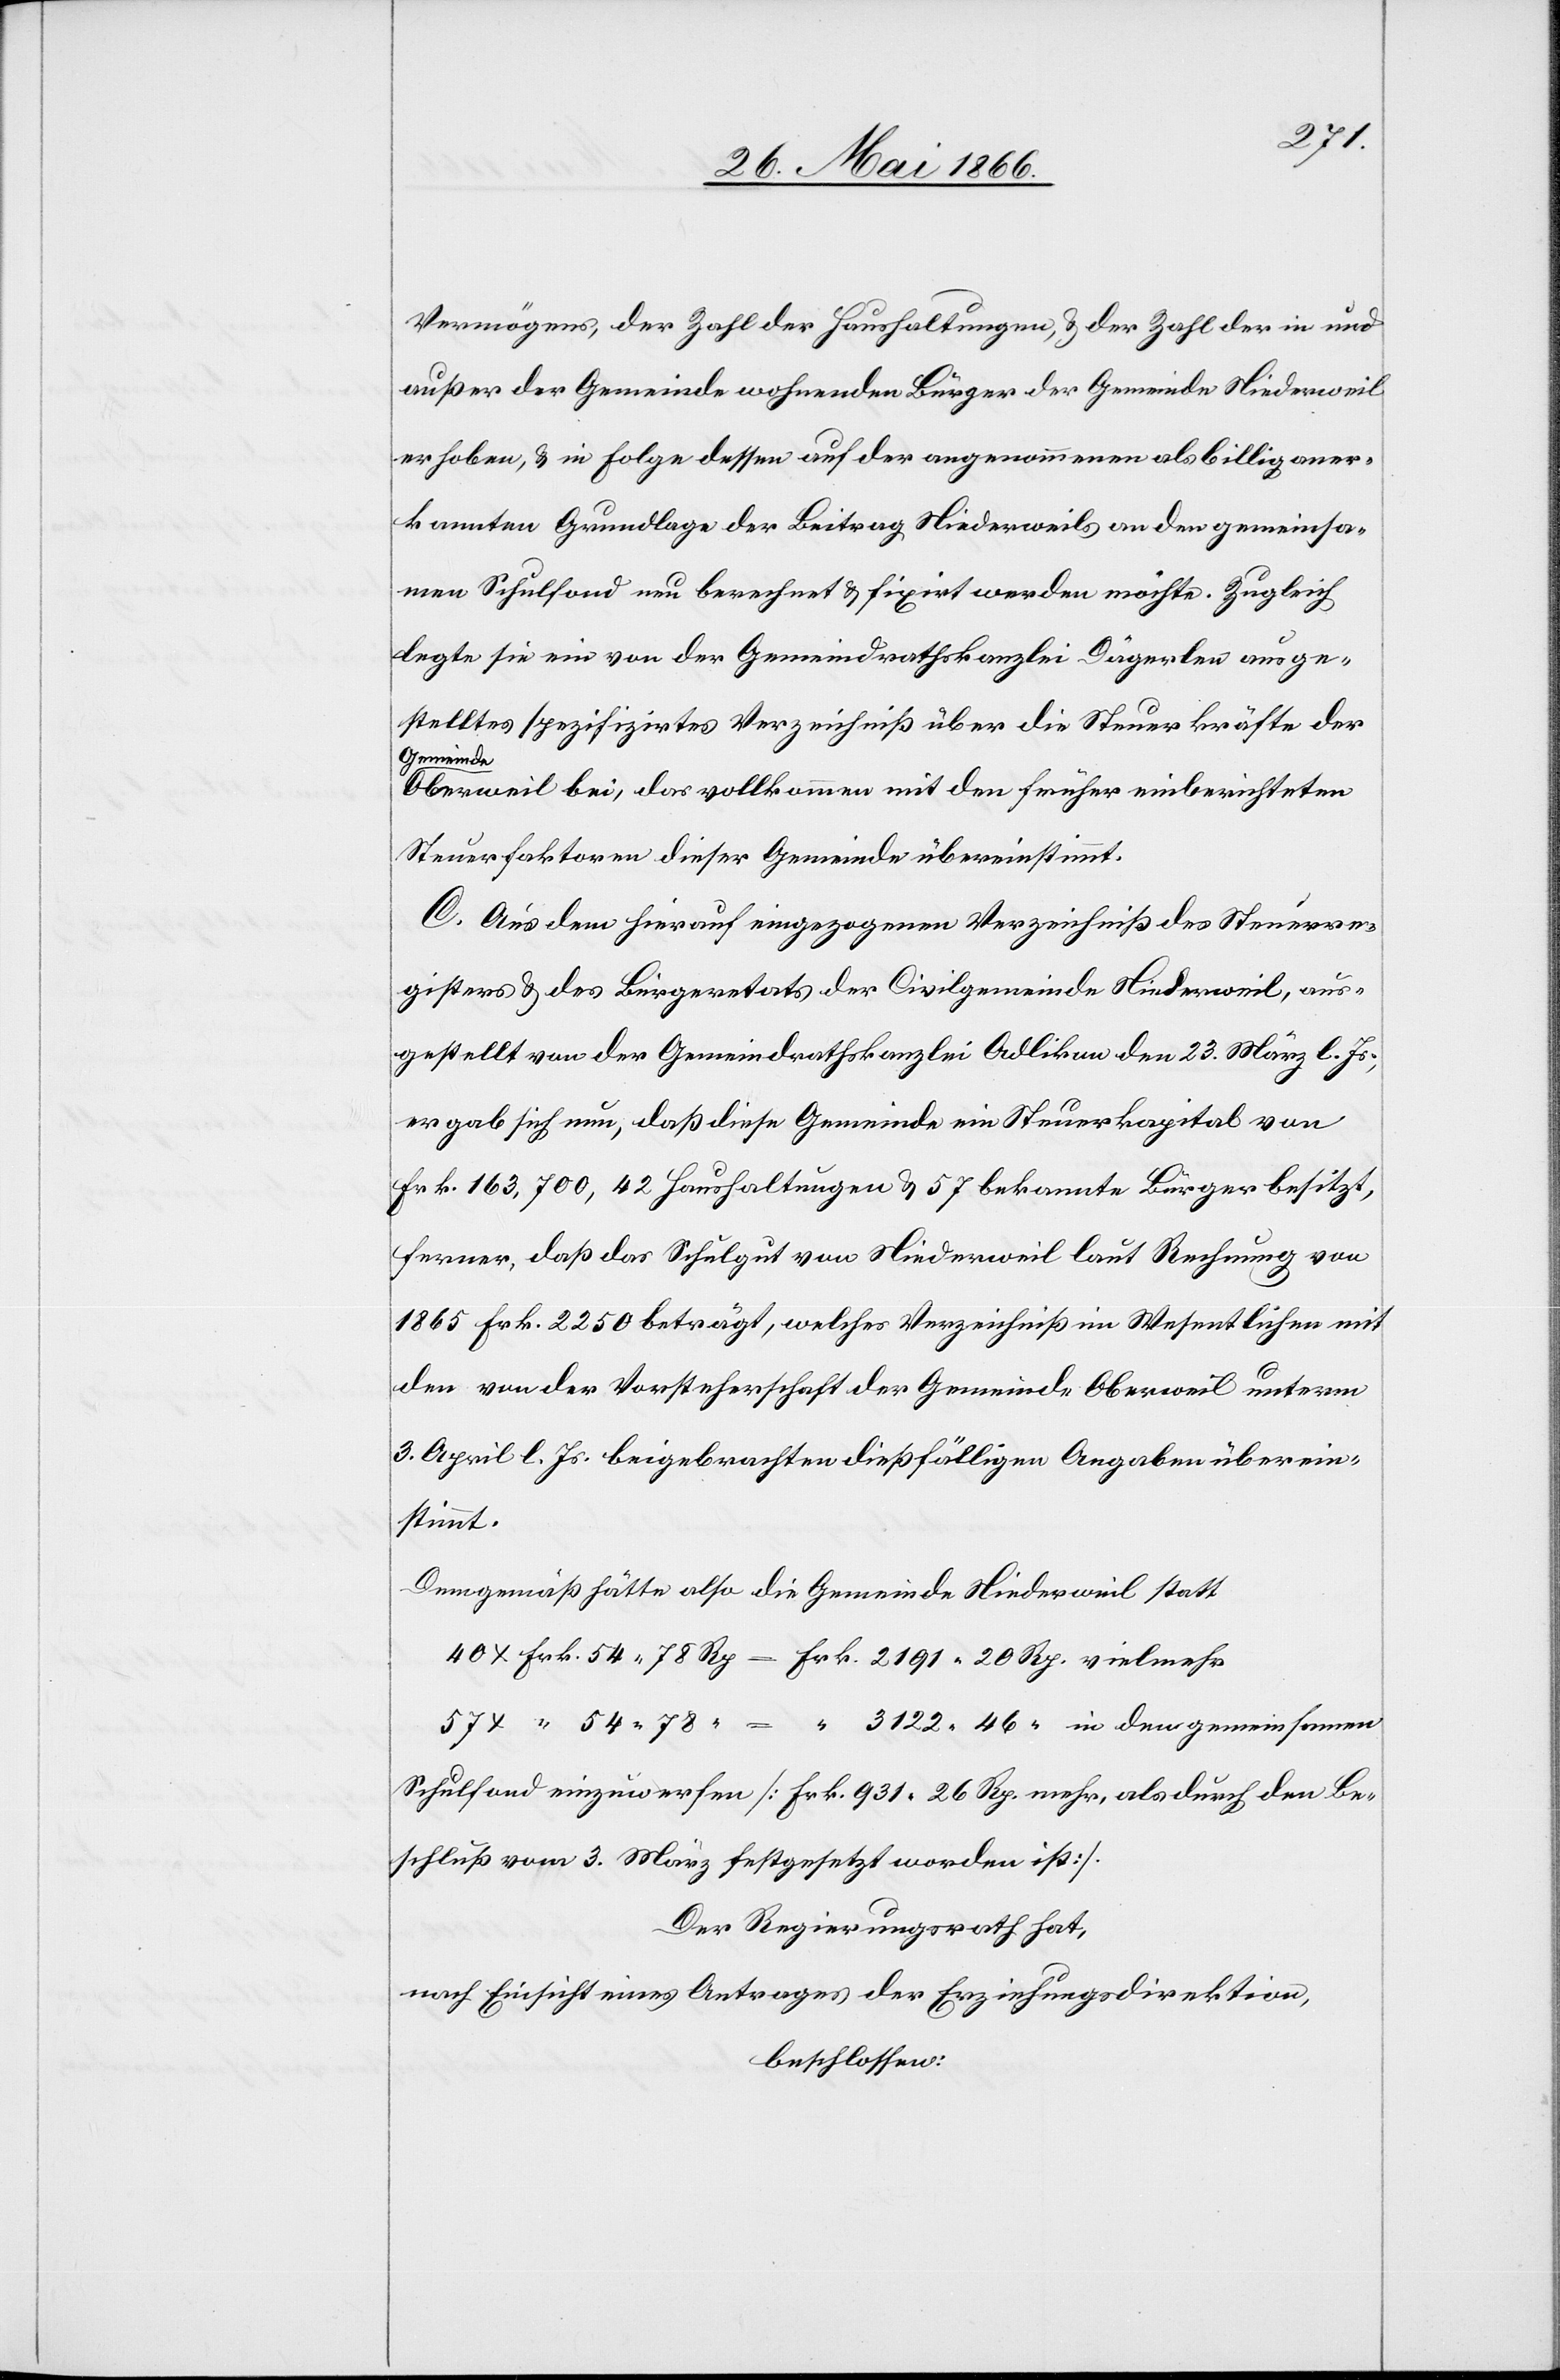
2191.20
Vermögens, der Zahl der Haushaltungen, u. der Zahl der in und
außer der Gemeinde wohnenden Bürger der Gemeinde Niederweil
erhoben, u. in Folge dessen auf der angenommenen als billig aner¬
kannten Grundlage der Beitrag Niederweils an den gemeinsa¬
men Schulfond neu berechnet u. fixirt werden möchte. Zugleich
legte sie ein von der Gemeindrathskanzlei Dügerlen ausge¬
stelltes spezifizirtes Verzeichniß über die Steuerkräfte der
Gemeinde
Oberweil bei, das vollkommen mit den früher einberichteten
Steuerfaktoren dieser Gemeinde übereinstimmt.
C. Aus dem hierauf eingezogenen Verzeichniß des Steuerre¬
gisters u. des Bürgeretats der Civilgemeinde Niederweil, aus¬
gestellt von der Gemeindrathskanzlei Adlikon den 23. März l. Js.,
ergab sich nun, daß diese Gemeinde ein Steuerkapital von
Frk. 163 700, 42 Haushaltungen u. 57 bekannte Bürger besitzt,
ferner, daß das Schulgut von Niederweil laut Rechnung von
1865 Frk. 2250 beträgt, welches Verzeichniß im Wesentlichem mit
den von der Vorsteherschaft der Gemeinde Oberweil unterm
3. April l. Js. beigebrachten dießfälligen Angaben überein¬
stimmt.
Demgemäß hätte also die Gemeinde Niederweil statt
Schulfond einzuwerfen [Frk. 931.26 Rp. mehr, als durch den Be¬
schluß vom 3. März festgesetzt worden ist].
Der Regierungsrath hat,
nach Einsicht eines Antrages der Erziehungsdirektion,
beschlossen: